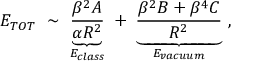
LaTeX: E _ { T O T } \ \sim \ \underbrace { \frac { \beta ^ { 2 } { \cal A } } { \alpha R ^ { 2 } } } _ { E _ { c l a s s } } \ + \ \underbrace { \frac { \beta ^ { 2 } { \cal B } + \beta ^ { 4 } { \cal C } } { R ^ { 2 } } } _ { E _ { v a c u u m } } \ ,